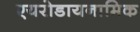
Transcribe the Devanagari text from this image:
एयरोडायनामिक